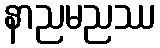
နာညမညဿ